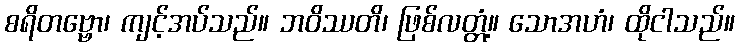
စရိတဗ္ဗော၊ ကျင့်အပ်သည်။ ဘဝိဿတိ၊ ဖြစ်လတ္တံ့။ သောအဟံ၊ ထိုငါသည်။